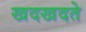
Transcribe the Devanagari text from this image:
खदखदते